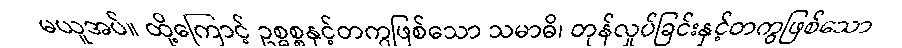
မယူအပ်။ ထို့ကြောင့် ဥစ္ဓစ္စနှင့်တကွဖြစ်သော သမာဓိ၊ တုန်လှုပ်ခြင်းနှင့်တကွဖြစ်သော